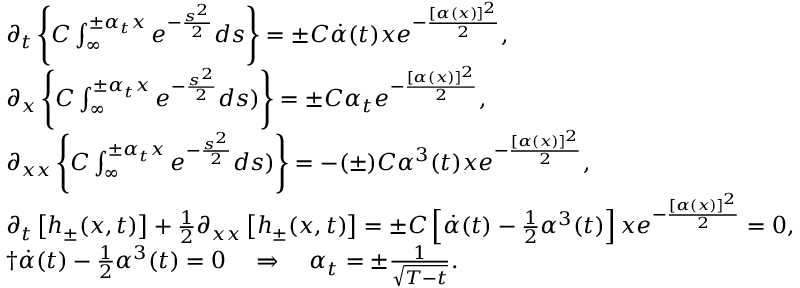
\begin{array} { l } { \partial _ { t } \left\{ C \int _ { \infty } ^ { \pm \alpha _ { t } x } e ^ { - \frac { s ^ { 2 } } { 2 } } d s \right\} = \pm C \dot { \alpha } ( t ) x e ^ { - \frac { [ \alpha ( x ) ] ^ { 2 } } { 2 } } , } \\ { \partial _ { x } \left\{ C \int _ { \infty } ^ { \pm \alpha _ { t } x } e ^ { - \frac { s ^ { 2 } } { 2 } } d s ) \right\} = \pm C \alpha _ { t } e ^ { - \frac { [ \alpha ( x ) ] ^ { 2 } } { 2 } } , } \\ { \partial _ { x x } \left\{ C \int _ { \infty } ^ { \pm \alpha _ { t } x } e ^ { - \frac { s ^ { 2 } } { 2 } } d s ) \right\} = - ( \pm ) C \alpha ^ { 3 } ( t ) x e ^ { - \frac { [ \alpha ( x ) ] ^ { 2 } } { 2 } } , } \\ { \partial _ { t } \left[ h _ { \pm } ( x , t ) \right] + \frac { 1 } { 2 } \partial _ { x x } \left[ h _ { \pm } ( x , t ) \right] = \pm C \left[ \dot { \alpha } ( t ) - \frac { 1 } { 2 } \alpha ^ { 3 } ( t ) \right] x e ^ { - \frac { [ \alpha ( x ) ] ^ { 2 } } { 2 } } = 0 , } \\ { † \dot { \alpha } ( t ) - \frac { 1 } { 2 } \alpha ^ { 3 } ( t ) = 0 \quad \Rightarrow \quad \alpha _ { t } = \pm \frac { 1 } { \sqrt { T - t } } . } \end{array}